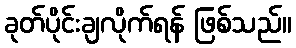
ခုတ်ပိုင်းချလိုက်ရန် ဖြစ်သည်။